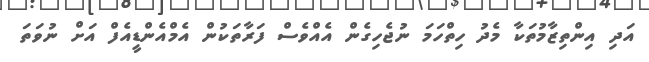
އަދި އިންތިޒާމުތަކާ މެދު ހިތްހަމަ ނުޖެހިގެން އެއްވެސް ފަރާތަކުން އެމްއެންޑީއެފް އަށް ނުވަތަ